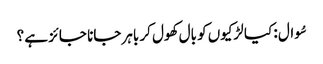
سُوال : کیا لڑکیوں کو بال کھول کر باہر جانا جائز ہے ؟